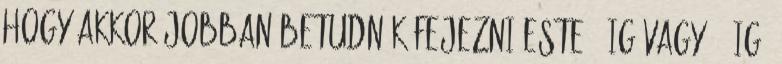
hogy akkor jobban betudnák fejezni este 9-ig vagy 10-ig.